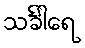
သင်္ခါရေ